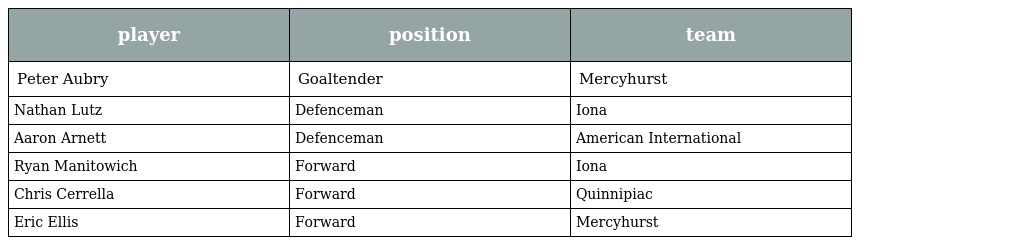
| player | position | team |
 | --- | --- | --- |
 | Peter Aubry | Goaltender | Mercyhurst |
 | Nathan Lutz | Defenceman | Iona |
 | Aaron Arnett | Defenceman | American International |
 | Ryan Manitowich | Forward | Iona |
 | Chris Cerrella | Forward | Quinnipiac |
 | Eric Ellis | Forward | Mercyhurst |